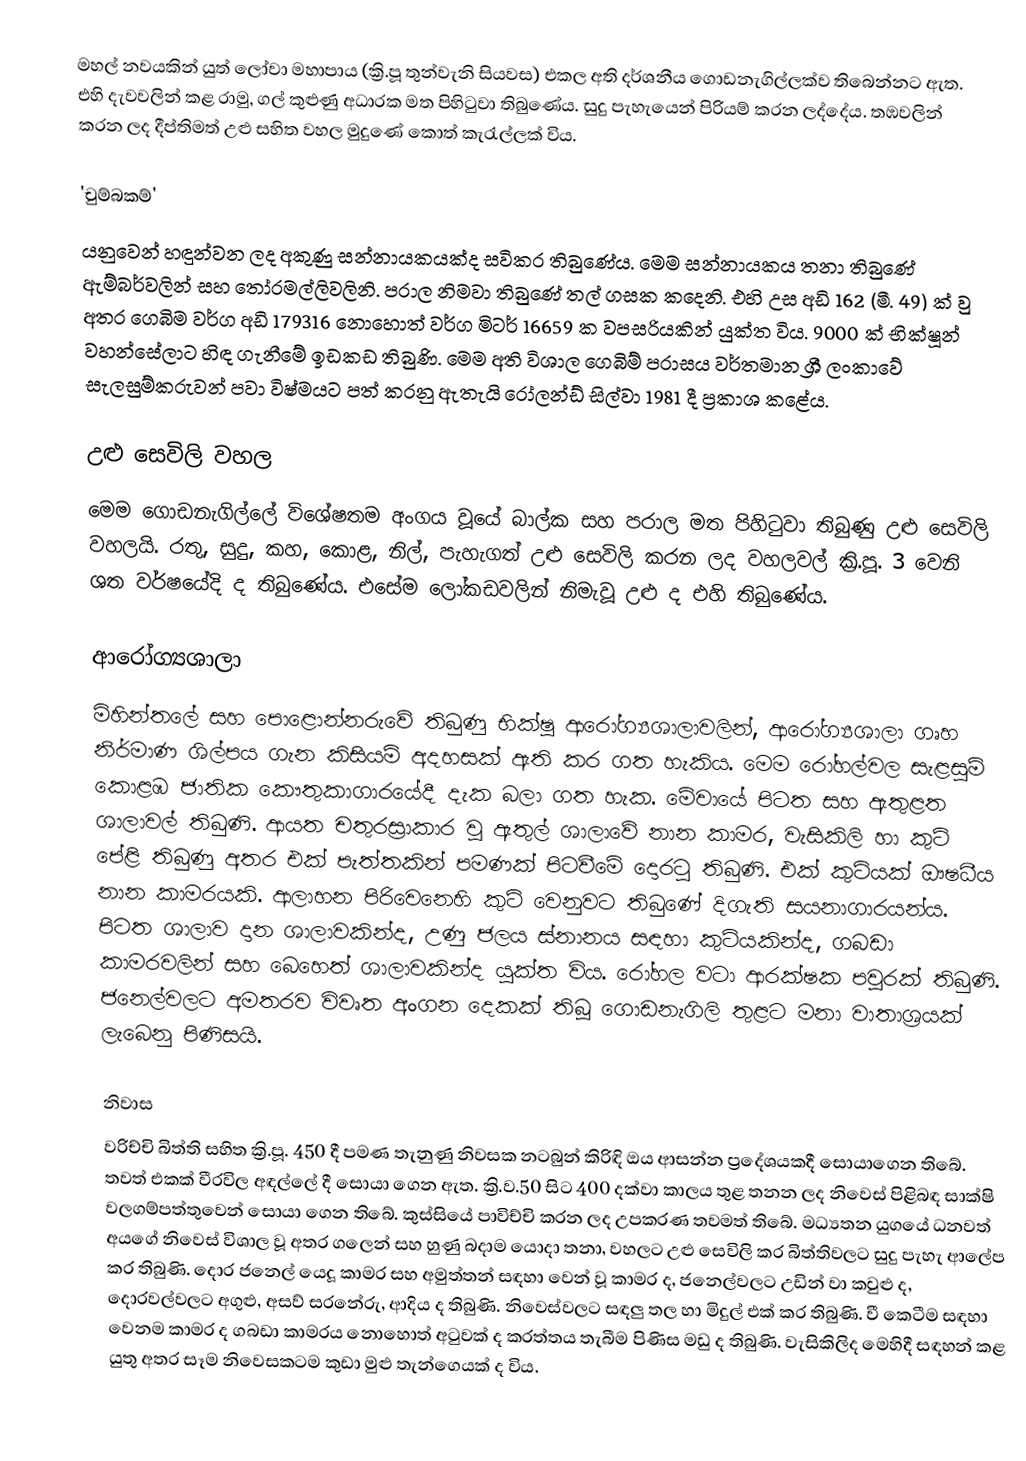
මහල් නවයකින් යුත් ලෝවා මහාපාය (ක්‍රි.පූ තුන්වැනි සියවස) එකල අති දර්ශනීය ගොඩනැගිල්ලක්ව තිබෙන්නට ඇත. එහි දැවවලින් කළ රාමු, ගල් කුළුණු අධාරක මත පිහිටුවා තිබුණේය. සුදු පැහැයෙන් පිරියම් කරන ලද්දේය. තඹවලින් කරන ලද දීප්තිමත් උළු සහිත වහල මුදුණේ කොත් කැරැල්ලක් විය.

'චුම්බකම්'
යනුවෙන් හඳුන්වන ලද අකුණු සන්නායකයක්ද සවිකර තිබුණේය. මෙම සන්නායකය තනා තිබු‍ණේ ඇම්බර්වලින් සහ තෝරමල්ලිවලිනි. පරාල නිමවා තිබුණේ තල් ගසක ක‍‍‍දෙනි. එහි උස අඩි 162  (මී. 49) ක් වු අතර ගෙබිම වර්ග අඩි 179316 නොහොත් වර්ග මිටර් 16659 ක වපසරියකින් යුක්ත විය. 9000 ක් භික්ෂූන් වහන්සේලාට හිඳ ගැනීමේ ඉඩකඩ තිබුණි. මෙම අති විශාල ගෙබිම් පරාසය වර්තමාන ශ්‍රී ලංකාවේ සැලසුම්කරුවන් පවා විෂ්මයට පත් කරනු ඇතැයි රෝලන්ඩ් සිල්වා 1981 දී ප්‍රකාශ කළේය.

උළු සෙවිලි වහල
මෙම ගොඩනැගිල්ලේ විශේෂතම අංගය වූයේ බාල්ක සහ පරාල මත පිහිටුවා තිබුණු උළු සෙවිලි වහලයි. රතු, සුදු, කහ, කොළ, නිල්, පැහැගත් උළු සෙවිලි කරන ලද වහලවල් ක්‍රි.පූ. 3 වෙනි ශත වර්ෂයේදි ද තිබුණේය. එසේම ලෝකඩවලින් නිමැවූ උළු ද එහි තිබුණේය.

ආරෝග්‍යශාලා
මිහින්තලේ සහ පොළොන්නරුවේ තිබුණු භික්ෂු ආරෝග්‍යශාලාවලින්, ආරෝග්‍යශාලා ගෘහ නිර්මාණ ශිල්පය ගැන කිසියම් අදහසක් ඇති කර ගත හැකිය. මෙම රෝහල්වල සැළසුම් කොළඹ ජාතික කෞතුකාගාරයේදී දැක බලා ගත හැක. මේවායේ පිටත සහ ඇතුළත ශාලාවල් තිබුණි. ආයත චතුරස්‍රාකාර වූ ඇතුල් ශාලාවේ නාන කාමර, වැසිකිලි හා කුටි පේළි තිබුණු අතර එක් පැත්තකින් පමණක් පිටවීමේ දොරටු තිබුණි. එක් කුටියක් ඖෂධීය නාන කාමරයකි. ආලාහන පිරිවෙනෙහි කුටි වෙනුවට තිබුණේ දිගැති සයනාගාරයන්ය. පිටත ශාලාව දාන ශාලාවකින්ද, උණු ජලය ස්නානය සඳහා කුටියකින්ද, ගබඩා කාමරවලින් සහ බෙහෙත් ශාලාවකින්ද යුක්ත විය. රෝහල වටා ආරක්ෂක පවුරක් තිබුණි. ජනෙල්වලට අමතරව විවෘත අංගන දෙකක් තිබූ ගොඩනැගිලි තුළට මනා වාතාශ්‍රයක් ලැබෙනු පිණිසයි.

නිවාස
වරිච්චි බිත්ති සහිත ක්‍රි.පූ. 450 දී පමණ තැනුණු නිවසක නටබුන් කිරිඳි ඔය ආසන්න ප්‍රදේශයකදී සොයාගෙන තිබේ. තවත් එකක් වීරවිල අඳල්ලේ දී සොයා ගෙන ඇත. ක්‍රි.ව.50 සිට 400 දක්වා කාලය තුළ තනන ලද නිවෙස් පිළිබඳ සාක්ෂි වලගම්පත්තුවෙන් සොයා ගෙන තිබේ. කුස්සියේ පාවිච්චි කරන ලද උපකරණ තවමත් තිබේ. මධ්‍යතන යුගයේ ධනවත් අයගේ නිවෙස් විශාල වූ අතර ගලෙන් සහ හුණු බදාම යොදා තනා, වහලට උළු සෙවිලි කර බිත්තිවලට සුදු පැහැ ආලේප කර තිබුණි. දොර ජනෙල් යෙදූ කාමර සහ අමුත්තන් සඳහා වෙන් වූ කාමර ද, ජනෙල්වලට උඩින් වා කවුළු ද, දොරවල්වලට අගුළු, අසව් සරනේරු, ආදිය ද තිබුණි. නිවෙස්වලට සඳලු තල හා මිදුල් එක් කර තිබුණි. වී කෙටීම සඳහා වෙනම කාමර ද ගබඩා කාමරය නොහොත් අටුවක් ද කරත්තය තැබීම පිණිස මඩු ද තිබුණි. වැසිකිලිද මෙහිදී සඳහන් කළ යුතු අතර සෑම නිවෙසකටම කුඩා මුළු තැන්ගෙයක් ද විය.